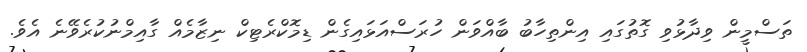
ތަސްމީން ވިދާޅުވި ގޮތުގައި އިންތިހާބު ބާއްވަން ހުރަސްއަޅައިގެން ޑިމޮކްރެޓިކް ނިޒާމެއް ގާއިމްނުކުރެވޭނެ އެވެ.